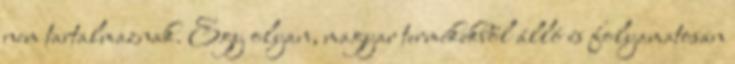
nem tartalmaznak. Egy olyan, magyar termékekből álló és folyamatosan